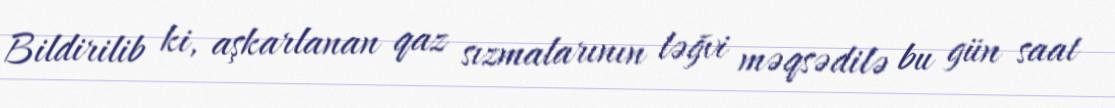
Bildirilib ki, aşkarlanan qaz sızmalarının ləğvi məqsədilə bu gün saat